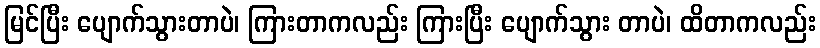
မြင်ပြီး ပျောက်သွားတာပဲ၊ ကြားတာကလည်း ကြားပြီး ပျောက်သွား တာပဲ၊ ထိတာကလည်း